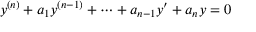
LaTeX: y ^ { ( n ) } + a _ { 1 } y ^ { ( n - 1 ) } + \cdots + a _ { n - 1 } y ^ { \prime } + a _ { n } y = 0